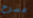
مسرح